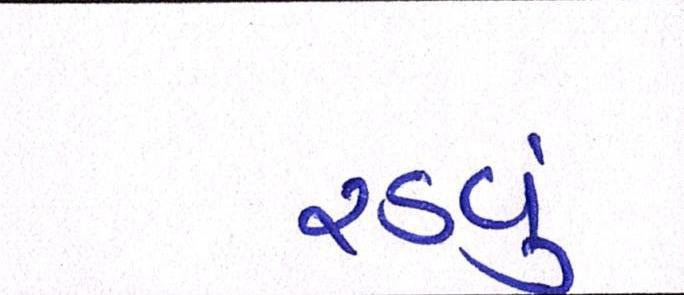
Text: રડવું